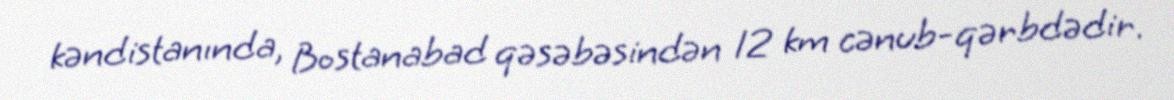
kəndistanında, Bostanabad qəsəbəsindən 12 km cənub-qərbdədir.